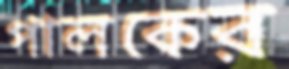
পালকের